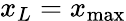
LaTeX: x_{L}=x_{\mathrm{max}}